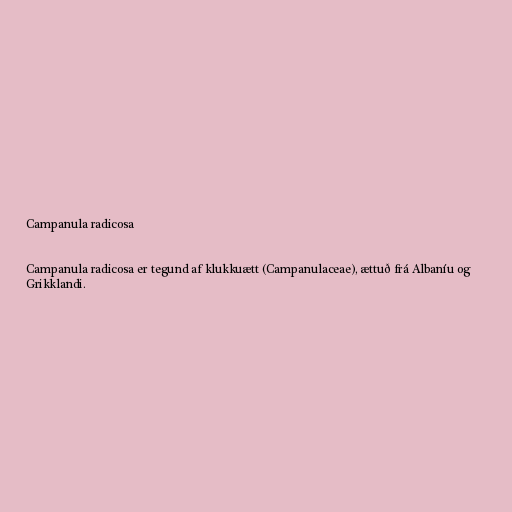
Campanula radicosa

Campanula radicosa er tegund af klukkuætt (Campanulaceae), ættuð frá Albaníu og
Grikklandi.